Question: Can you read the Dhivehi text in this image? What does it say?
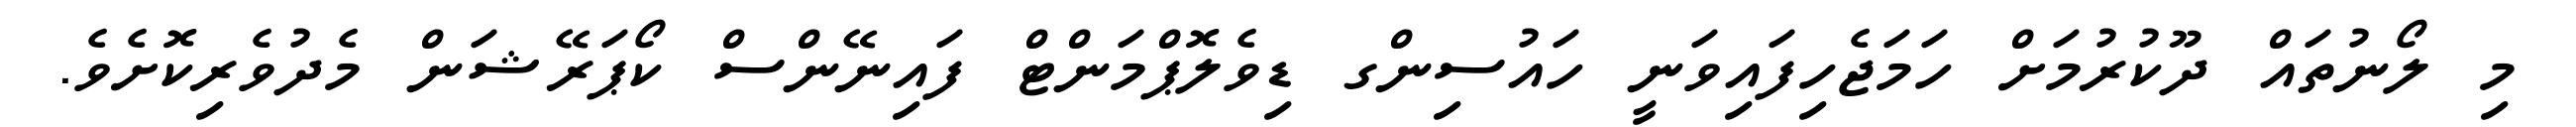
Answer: މި ލޯނުތައް ދޫކުރުމަށް ހަމަޖެހިފައިވަނީ ހައުސިންގ ޑިވެލޮޕްމަންޓް ފައިނޭންސް ކޯޕަރޭޝަން މެދުވެރިކޮށެވެ.